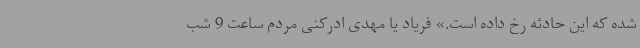
شده که این حادثه رخ داده است.» ‌فریاد یا مهدی ادرکنی مردم ساعت 9 شب